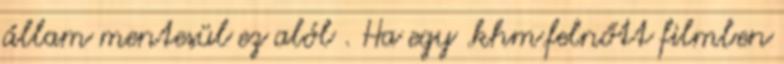
állam mentesül ez alól . Ha egy .khm.felnőtt filmben